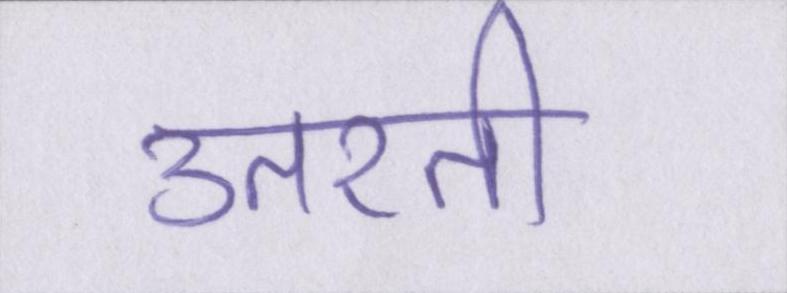
उतरती